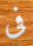
فى